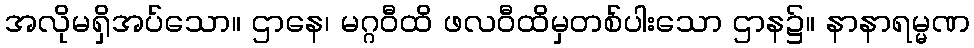
အလိုမရှိအပ်သော။ ဌာနေ၊ မဂ္ဂဝီထိ ဖလဝီထိမှတစ်ပါးသော ဌာန၌။ နာနာရမ္မဏ